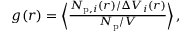
\begin{array} { r } { g ( r ) = \left\langle \frac { N _ { \mathrm { p } , i } ( r ) / \Delta V _ { i } ( r ) } { N _ { \mathrm { p } } / V } \right\rangle , } \end{array}